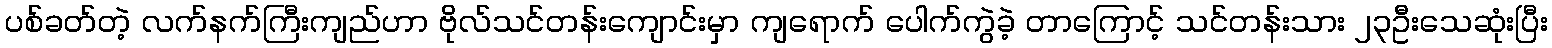
ပစ်ခတ်တဲ့ လက်နက်ကြီးကျည်ဟာ ဗိုလ်သင်တန်းကျောင်းမှာ ကျရောက် ပေါက်ကွဲခဲ့ တာကြောင့် သင်တန်းသား ၂၃ဦးသေဆုံးပြီး